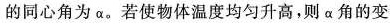
的同心角为α。若使物体温度均匀升高，则α角的变